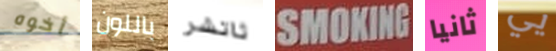
أخوه باللون ثاتشر SMOKING ثانيا يي